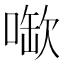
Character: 𫫉